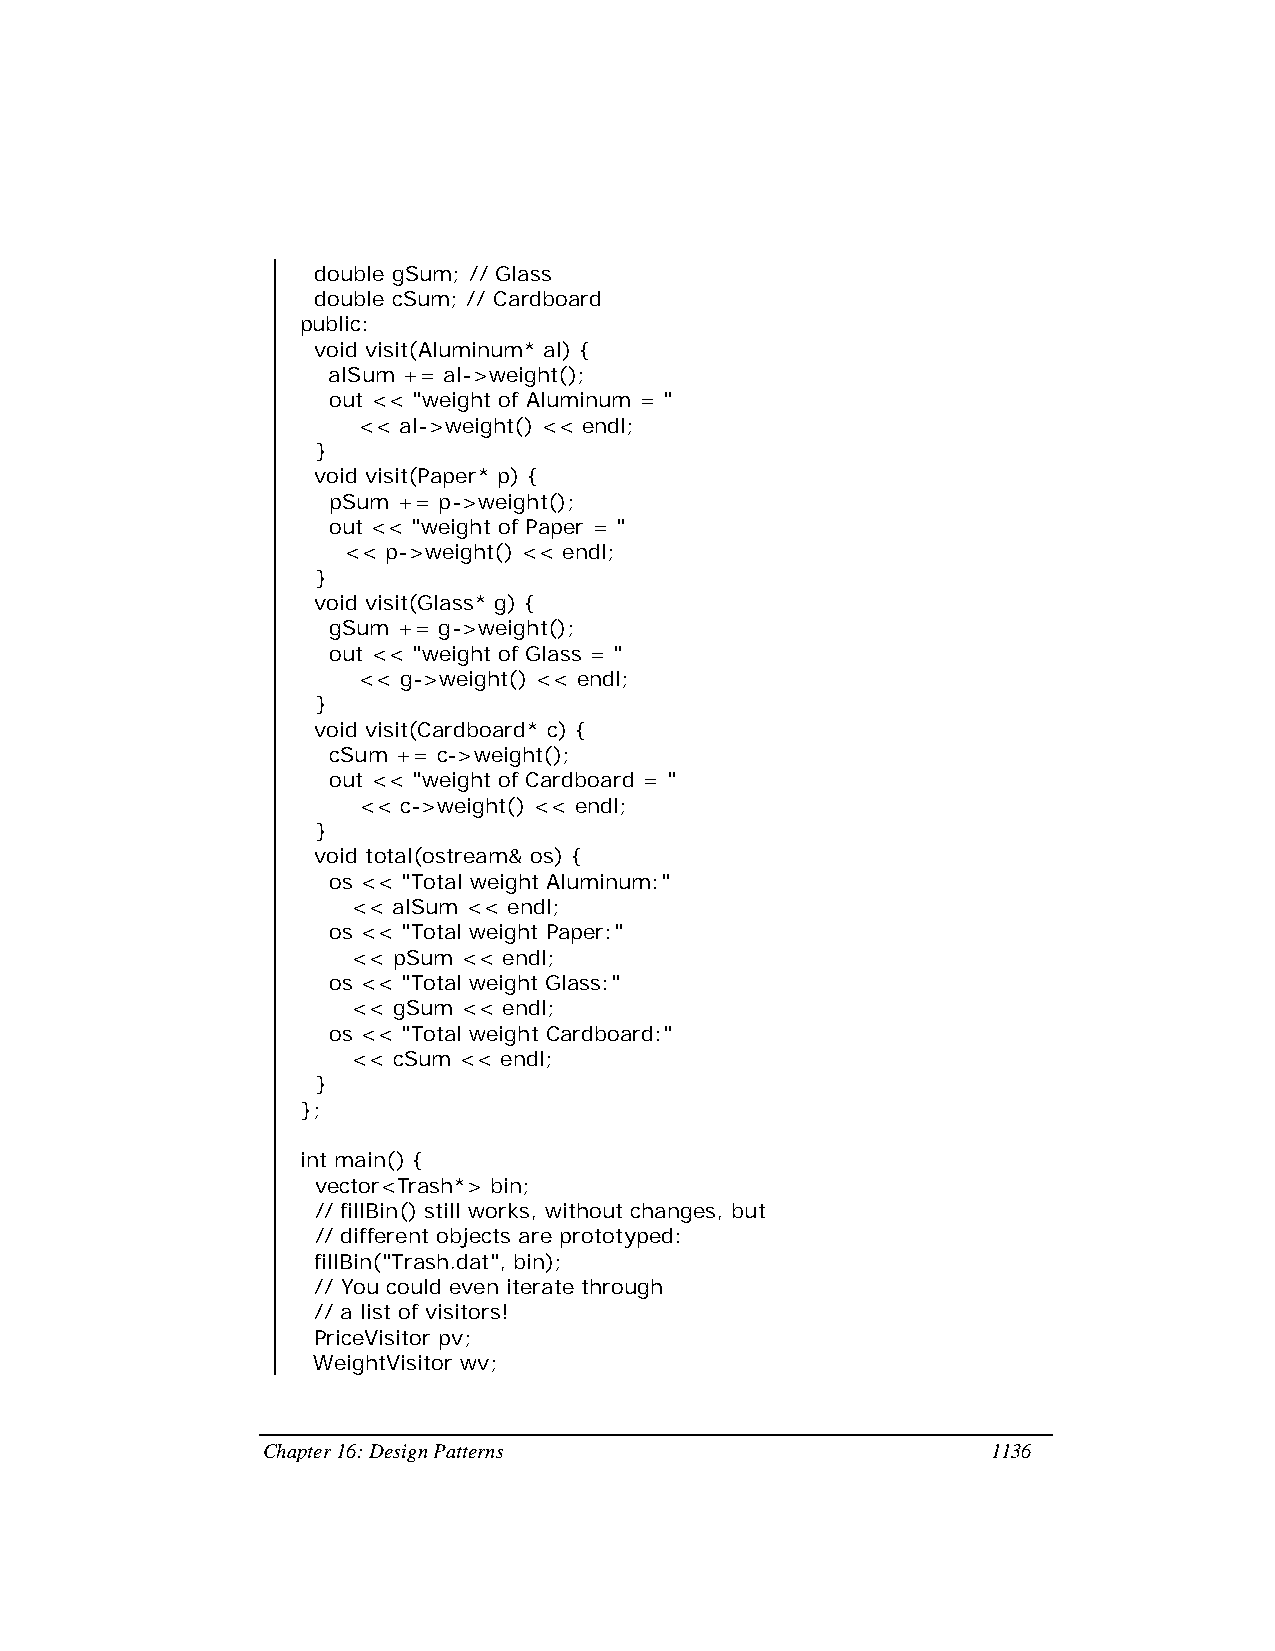
double gSum; // Glass
 double cSum; // Cardboard
 public:
 void visit(Aluminum* al) {
 alSum += al->weight();
 out << "weight of Aluminum = "
 << al->weight() << endl;
 }
 void visit(Paper* p) {
 pSum += p->weight();
 out << "weight of Paper = "
 << p->weight() << endl;
 }
 void visit(Glass* g) {
 gSum += g->weight();
 out << "weight of Glass = "
 << g->weight() << endl;
 }
 void visit(Cardboard* c) {
 cSum += c->weight();
 out << "weight of Cardboard = "
 << c->weight() << endl;
 }
 void total(ostream& os) {
 os << "Total weight Aluminum:"
 << alSum << endl;
 os << "Total weight Paper:"
 << pSum << endl;
 os << "Total weight Glass:"
 << gSum << endl;
 os << "Total weight Cardboard:"
 << cSum << endl;
 }
 };
 int main() {
 vector<Trash*> bin;
 // fillBin() still works, without changes, but
 // different objects are prototyped:
 fillBin("Trash.dat", bin);
 // You could even iterate through
 // a list of visitors!
 PriceVisitor pv;
 WeightVisitor wv;
 Chapter 16: Design Patterns                      1136